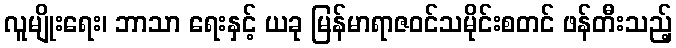
လူမျိုးရေး၊ ဘာသာ ရေးနှင့် ယခု မြန်မာရာဇဝင်သမိုင်းစတင် ဖန်တီးသည့်